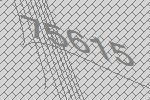
75615